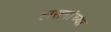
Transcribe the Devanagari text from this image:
हासनांच्या